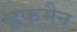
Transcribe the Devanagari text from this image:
हफमैन